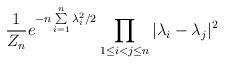
LaTeX: \begin{align*}\frac{1}{Z_n}e^{-n\sum\limits_{i=1}^n\lambda_i^2/2}\prod_{1\leq i<j\leq n}|\lambda_i-\lambda_j|^2\end{align*}